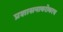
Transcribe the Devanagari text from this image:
प्रशासनाबरोबरच